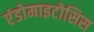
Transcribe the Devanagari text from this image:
एंडोमाइटोसिस